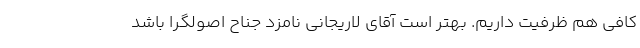
کافی هم ظرفیت داریم. بهتر است آقای لاریجانی نامزد جناح اصولگرا باشد